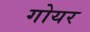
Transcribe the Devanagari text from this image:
गोयर